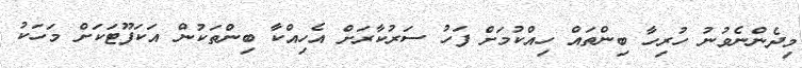
މިދެންނެވުނު ހުރިހާ ބިންތައް ހިއްކުމަށް ފަހު ސަރުކާރަށް އެހިއްކާ ބިންތަކުން އަކަފޫޓަކަށް މަހަކު